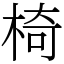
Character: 椅